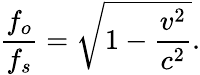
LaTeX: {\frac{f_{o}}{f_{s}}}={\sqrt{1-{\frac{v^{2}}{c^{2}}}}}.